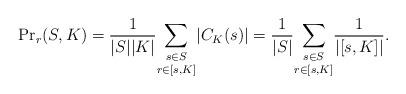
LaTeX: \begin{align*}{\Pr}_r(S,K) = \frac {1}{|S||K|}\underset{r\in [s, K]}{\underset{s\in S}{\sum}}|C_K(s)| = \frac {1}{|S|}\underset{r\in [s, K]}{\underset{s\in S}{\sum}}\frac{1}{|[s, K]|}.\end{align*}